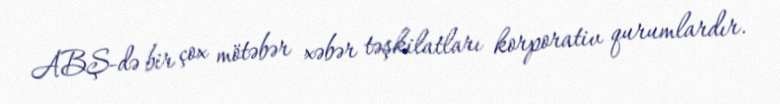
ABŞ-də bir çox mötəbər xəbər təşkilatları korporativ qurumlardır.